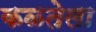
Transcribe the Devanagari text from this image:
कळतेला